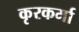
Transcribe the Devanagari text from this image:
कृरकर्मा